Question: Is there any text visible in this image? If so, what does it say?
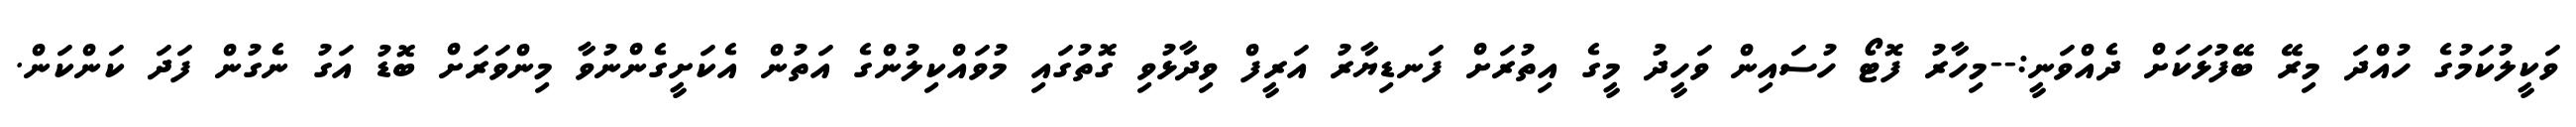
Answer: ވަކީލުކަމުގެ ހުއްދަ މިރޭ ބޭފުޅަކަށް ދެއްވަނީ:--މިހާރު ފޮޓޯ ހުސައިން ވަހީދު މީގެ އިތުރަށް ފަނޑިޔާރު އަރީފް ވިދާޅުވި ގޮތުގައި މުވައްކިލުންގެ އަތުން އެކަށީގެންނުވާ މިންވަރަށް ބޮޑު އަގު ނެގުން ފަދަ ކަންކަން.